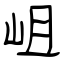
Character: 岨